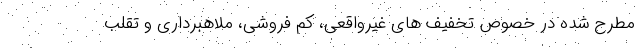
مطرح شده در خصوص تخفیف های غیرواقعی، کم فروشی، ملاهبرداری و تقلب